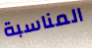
المناسبة